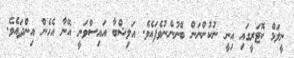
ނީލަމް ކޮޓަރީގައި އިނީ ނުކުންނަން ބޭނުންނުވެފައެވެ. އަލިޝްބާ އައިސްވަނީ އޭނާ އެހެން އިންދައެވެ.